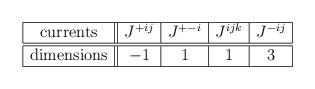
LaTeX: \begin{align*}\begin{array}{|c||c|c|c|c|}\hline\mbox{currents} &J^{+ij}&J^{+-i}& J^{ijk} & J^{-ij} \\\hline\hline\mbox{dimensions}& -1 & 1 & 1 & 3 \\\hline\end{array}\end{align*}